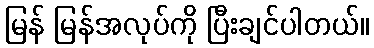
မြန် မြန်အလုပ်ကို ပြီးချင်ပါတယ်။